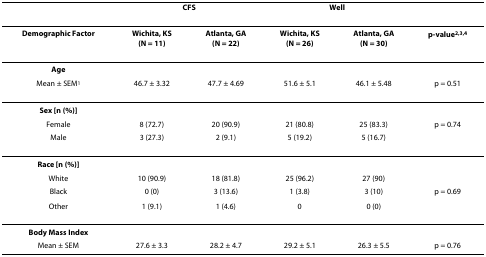
|  | <COLSPAN=2> CFS | <COLSPAN=2> Well |  |
 | --- | --- | --- | --- | --- | --- |
 | Demographic Factor | Wichita, KS(N = 11) | Atlanta, GA(N = 22) | Wichita, KS(N = 26) | Atlanta, GA(N = 30) | p-value2,3,4 |
 | Age |  |  |  |  |  |
 | Mean ± SEM1 | 46.7 ± 3.32 | 47.7 ± 4.69 | 51.6 ± 5.1 | 46.1 ± 5.48 | p = 0.51 |
 | Sex [n (%)] |  |  |  |  |  |
 | Female | 8 (72.7) | 20 (90.9) | 21 (80.8) | 25 (83.3) | p = 0.74 |
 | Male | 3 (27.3) | 2 (9.1) | 5 (19.2) | 5 (16.7) |  |
 | Race [n (%)] |  |  |  |  |  |
 | White | 10 (90.9) | 18 (81.8) | 25 (96.2) | 27 (90) |  |
 | Black | 0 (0) | 3 (13.6) | 1 (3.8) | 3 (10) | p = 0.69 |
 | Other | 1 (9.1) | 1 (4.6) | 0 | 0 (0) |  |
 | Body Mass Index |  |  |  |  |  |
 | Mean ± SEM | 27.6 ± 3.3 | 28.2 ± 4.7 | 29.2 ± 5.1 | 26.3 ± 5.5 | p = 0.76 |